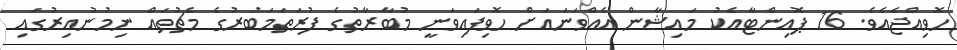
ހޮވިއްޖެއެވެ. 16 ޕޮއިންޓާއެކު މައިޝާން އެއްވަނައަށް ހޮވިފައިވަނީ މުބާރާތުގެ ފުރަތަމަބުރުގެ މެޗުތައް ނިމުނުއިރުގައި